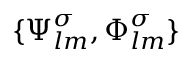
\{ \boldsymbol { \Psi } _ { l m } ^ { \sigma } , \boldsymbol { \Phi } _ { l m } ^ { \sigma } \}